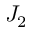
J _ { 2 }